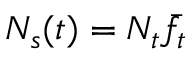
N _ { s } ( t ) = N _ { t } \bar { f } _ { t }